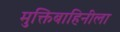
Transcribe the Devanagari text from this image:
मुक्तिबाहिनीला